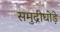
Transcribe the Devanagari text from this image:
समुद्रीघोड़े